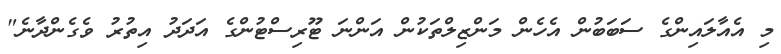
މި އެއާލައިންގެ ސަބަބުން އެހެން މަންޒިލްތަކުން އަންނަ ޓޫރިސްޓުންގެ އަދަދު އިތުރު ވެގެންދާނެ"